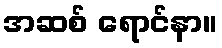
အဆစ် ရောင်နာ။